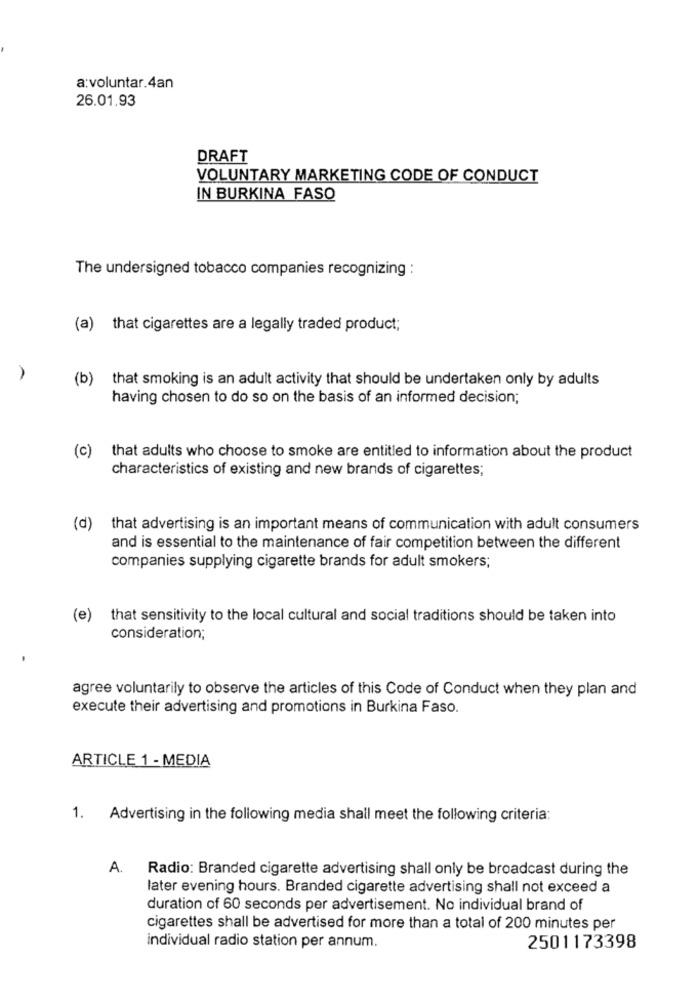
a:voluntar.4an
26.01.93
DRAFT
VOLUNTARY MARKETING CODE OF CONDUCT
IN BURKINA FASO
The undersigned tobacco companies recognizing :
(a) that cigarettes are a legally traded product;
(b)
that smoking is an adult activity that should be undertaken only by adults
having chosen to do so on the basis of an informed decision;
(c)
that adults who choose to smoke are entitled to information about the product
characteristics of existing and new brands of cigarettes;
(d)
that advertising is an important means of communication with adult consumers
and is essential to the maintenance of fair competition between the different
companies supplying cigarette brands for adult smokers;
(e)
that sensitivity to the local cultural and social traditions should be taken into
consideration;
agree voluntarily to observe the articles of this Code of Conduct when they plan and
execute their advertising and promotions in Burkina Faso.
ARTICLE 1 - MEDIA
1. Advertising in the following media shall meet the following criteria:
A.
Radio: Branded cigarette advertising shall only be broadcast during the
later evening hours. Branded cigarette advertising shall not exceed a
duration of 60 seconds per advertisement. No individual brand of
cigarettes shall be advertised for more than a total of 200 minutes per
individual radio station per annum.
2501173398